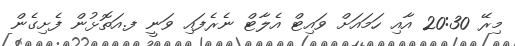
މިރޭ 20:30 އާއި ހަމައަށް ވައިޓް އެލާޓް ނެެރެފައި ވަނީ ފ.އަތޮޅުން ފެށިގެން